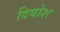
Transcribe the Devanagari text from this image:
दिबोश